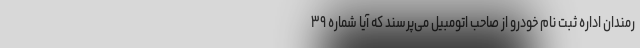
رمندان اداره ثبت نام خودرو از صاحب اتومبیل می‌پرسند که آیا شماره ۳۹